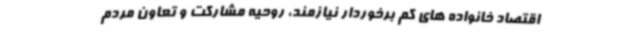
اقتصاد خانواده های کم برخوردار نیازمند، روحیه مشارکت و تعاون مردم